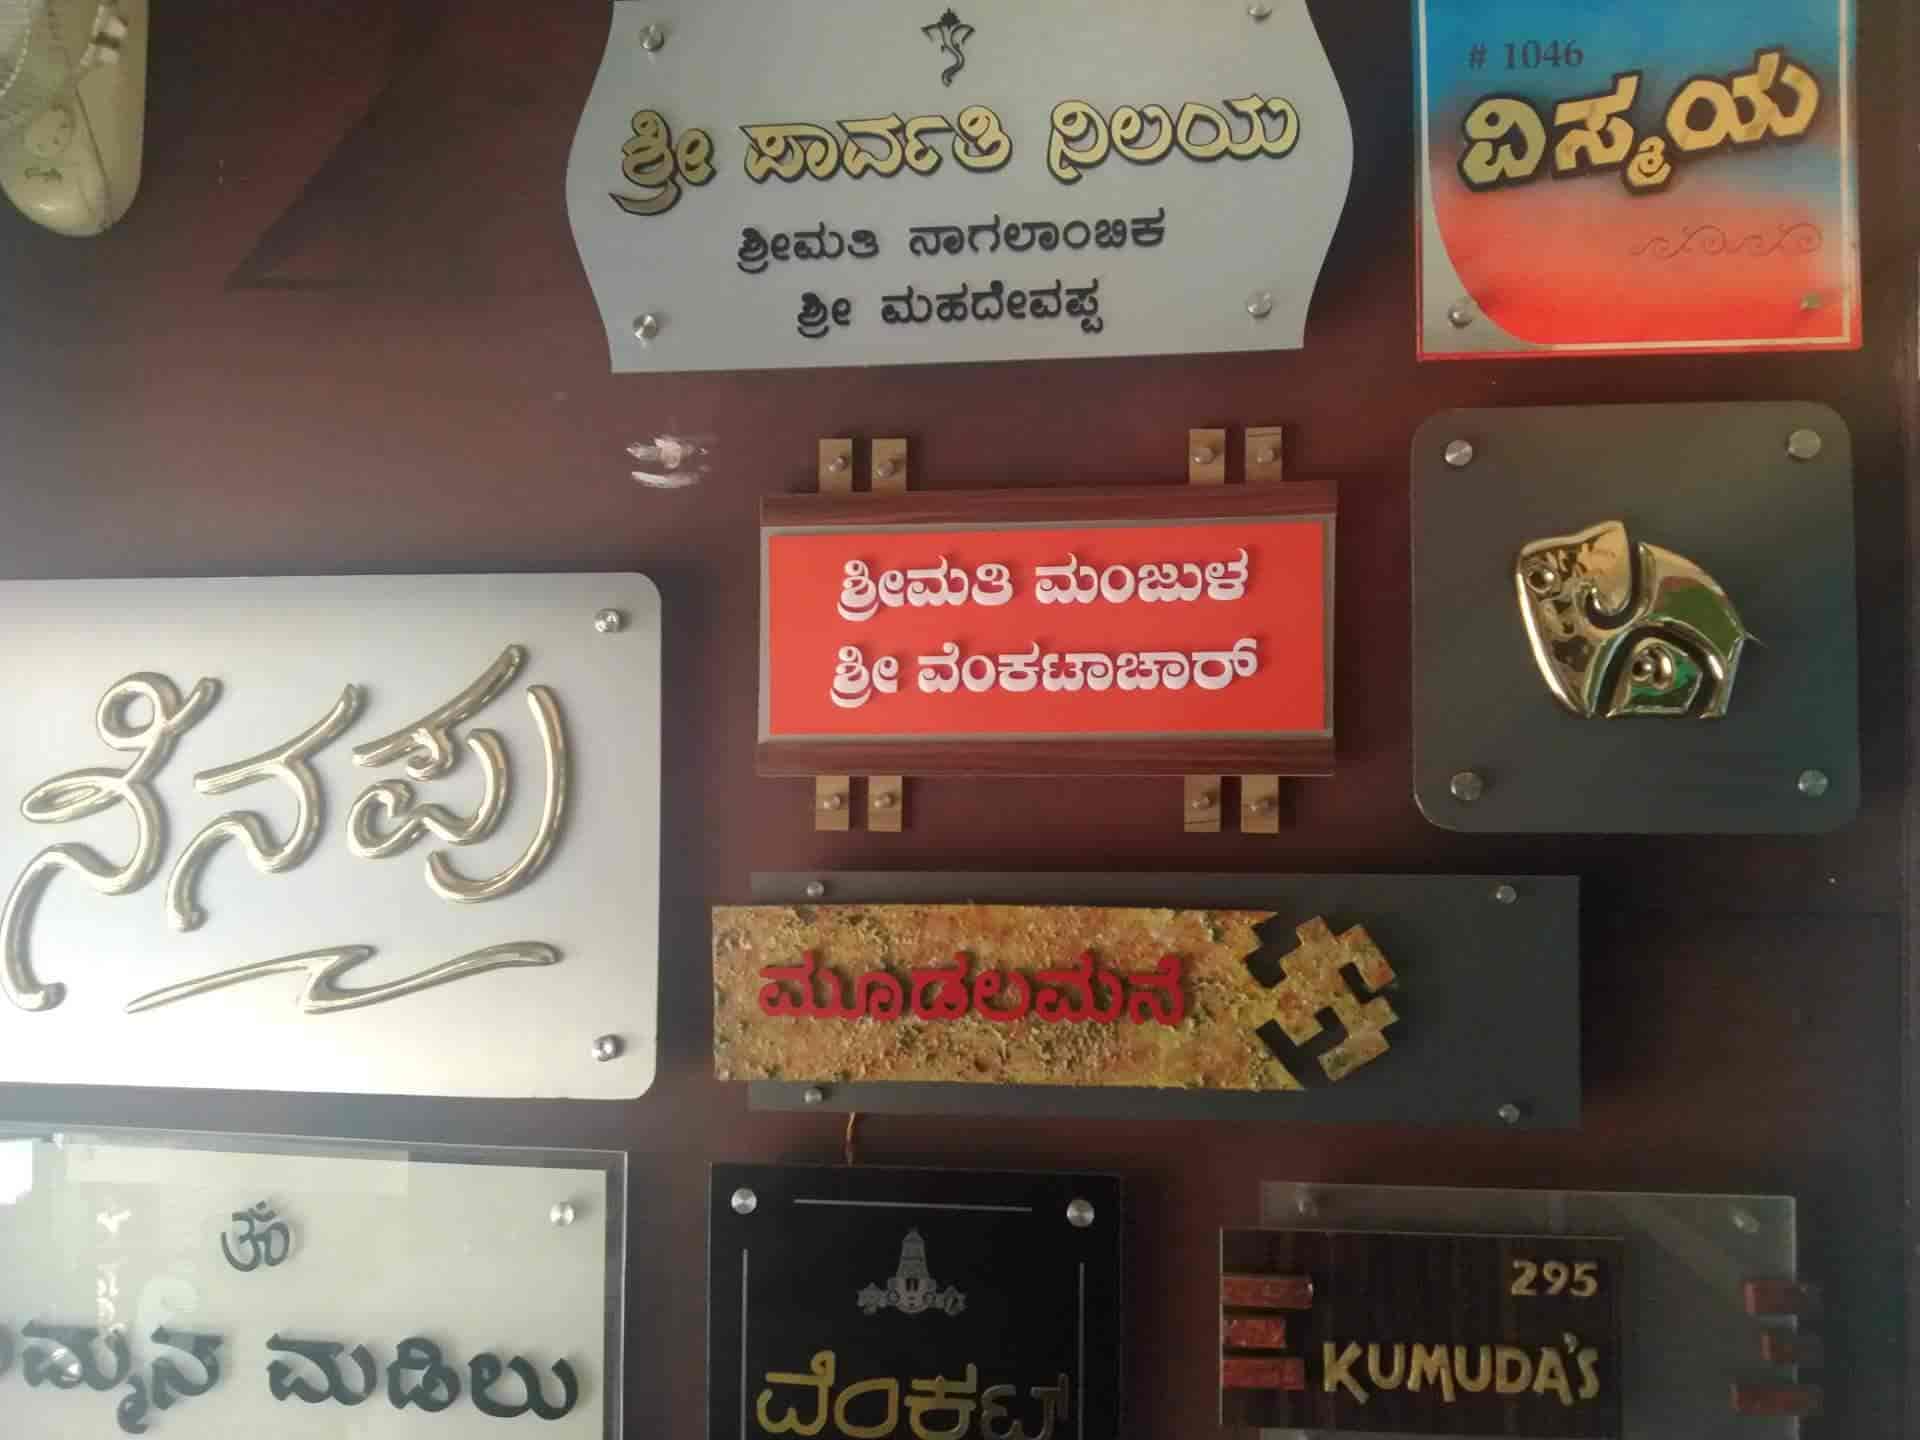
Language: kannada
Transcription: ಮಂಜುಳ ಮೂಡಲಮನೆ ನಿಲಯ ವಿಸ್ಮಯ ಶ್ರೀಮತಿ ನಾಗಲಾಂಬಿಕ ಮಹದೇವಪ್ಪ ಶ್ರೀಮತಿ ಶ್ರೀ ವೆಂಕಟಾಚಾರ ಶ್ರೀ ಪಾರ್ವತಿ ನೆನಪು ಮಡಿಲು ಶ್ರೀ